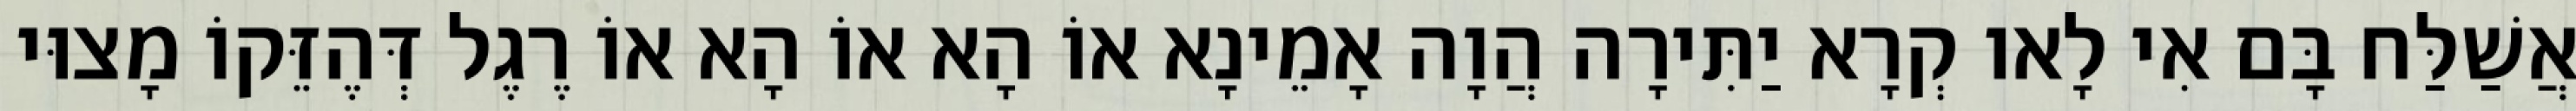
אֲשַׁלַּח בָּם אִי לָאו קְרָא יַתִּירָה הֲוָה אָמֵינָא אוֹ הָא אוֹ הָא אוֹ רֶגֶל דְּהֶזֵּקוֹ מָצוּי